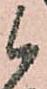
候